Lunatic asylums Punjab 1881-1894 - 1881-1894
Year: 1881
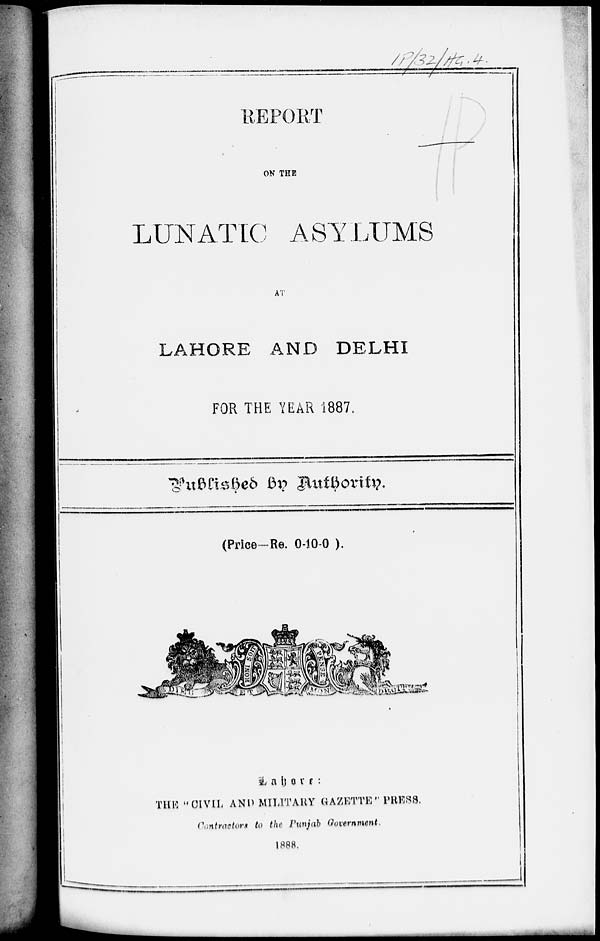
REPORT
ON THE
LUNATIC ASYLUMS
AT
LAHORE AND DELHI
FOR THE YEAR 1887.
Published by Authority.
(Price—Re. 0-10-0 ).
Lahore
:
THE "CIVIL AND MILITARY GAZETTE" PRESS.
Contractors to the Punjab Government
1888.